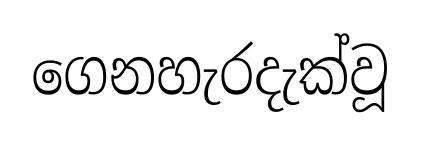
ගෙනහැරදැක්වූ